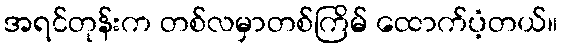
အရင်တုန်းက တစ်လမှာတစ်ကြိမ် ထောက်ပံ့တယ်။